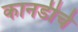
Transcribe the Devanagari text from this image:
कानडीचे